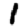
Digit: 1